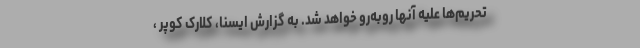
تحریم‌ها علیه آنها روبه‌رو خواهد شد. به گزارش ایسنا، کلارک کوپر ،